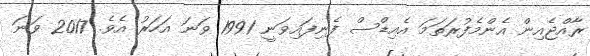
ރާއްޖެއިން އެންމެފުރަތަމަ އެއިޑްސް ފެނިފައިވަނީ 1991 ވަނަ އަހަރު އެވެ. 2017 ވަނަ